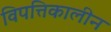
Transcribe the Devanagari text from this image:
विपत्तिकालीन